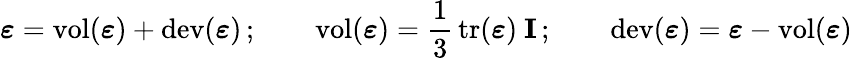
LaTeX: {\boldsymbol{\varepsilon}}=\operatorname{vol}({\boldsymbol{\varepsilon}})+\operatorname{dev}({\boldsymbol{\varepsilon}})\, ;\qquad\operatorname{vol}({\boldsymbol{\varepsilon}})={\frac{1}{3}}\operatorname{tr}({\boldsymbol{\varepsilon}})~\mathbf{I}\, ;\qquad\operatorname{dev}({\boldsymbol{\varepsilon}})={\boldsymbol{\varepsilon}}-\operatorname{vol}({\boldsymbol{\varepsilon}})